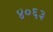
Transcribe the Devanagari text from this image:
४०६३